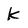
Character: k